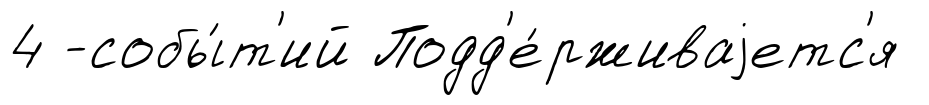
4 -собы́т'ий Подд'е́рживаjетс'я